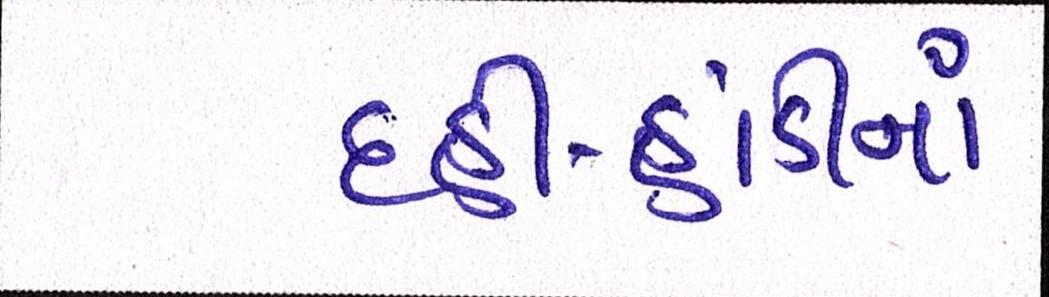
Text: દહીં-હાંડીનાં